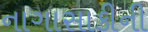
નાગાસાકીની